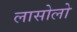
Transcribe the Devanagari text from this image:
लासोलो